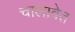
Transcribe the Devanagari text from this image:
चालावेत